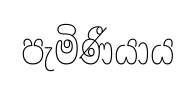
පැමිණීයාය